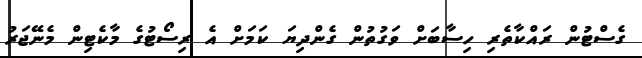
ގެސްޓުން ރައްކާތެރި ހިސާބަށް ވަގުތުން ގެންދިޔަ ކަމަށް އެ ރިސޯޓުގެ މާކެޓިން މެނޭޖަރު